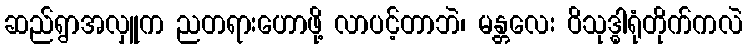
ဆည်ရွာအလှူက ညတရားဟောဖို့ လာပင့်တာဘဲ၊ မန္တလေး ဝိသုဒ္ဓါရုံတိုက်ကလဲ